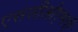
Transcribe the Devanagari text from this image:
एससीओएमपी